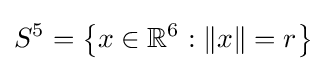
S^{5}=\left\{x\in \mathbb {R} ^{6}:\|x\|=r\right\}